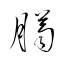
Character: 臈